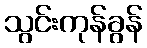
သွင်းကုန်ခွန်